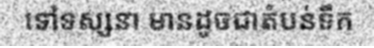
ទៅទស្សនា មានដូចជាតំបន់ទឹក